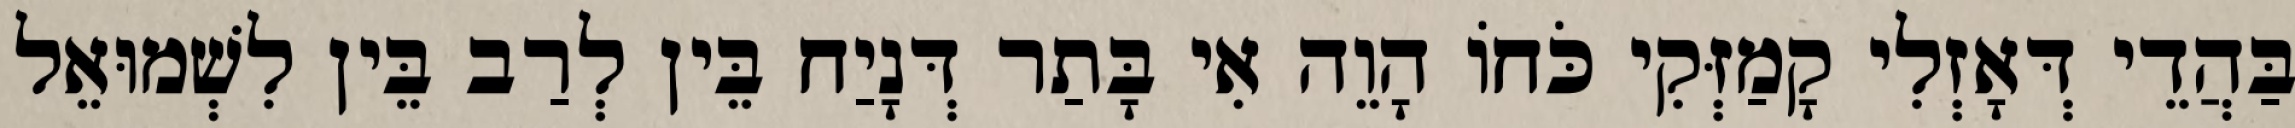
בַּהֲדֵי דְּאָזְלִי קָמַזְּקִי כֹּחוֹ הָוֵה אִי בָּתַר דְּנָיַח בֵּין לְרַב בֵּין לִשְׁמוּאֵל